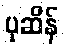
ပုဆိန်